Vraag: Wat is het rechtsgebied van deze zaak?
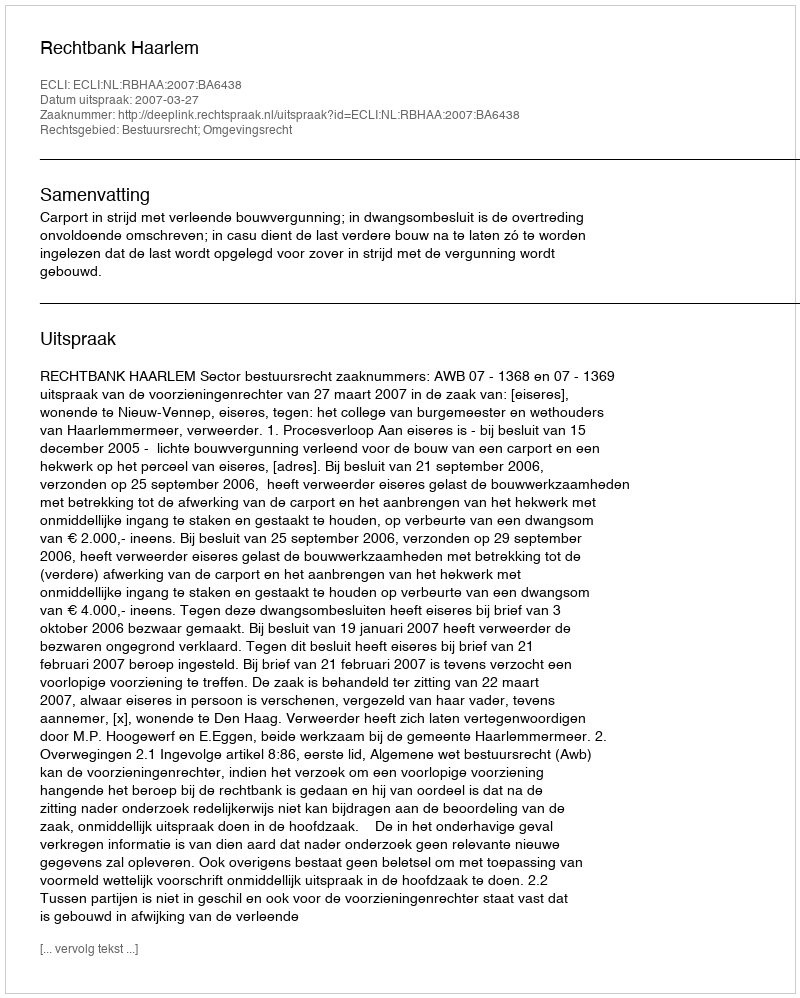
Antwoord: Bestuursrecht; Omgevingsrecht